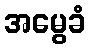
အမွေခံ